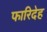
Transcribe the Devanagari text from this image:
फारिदेह